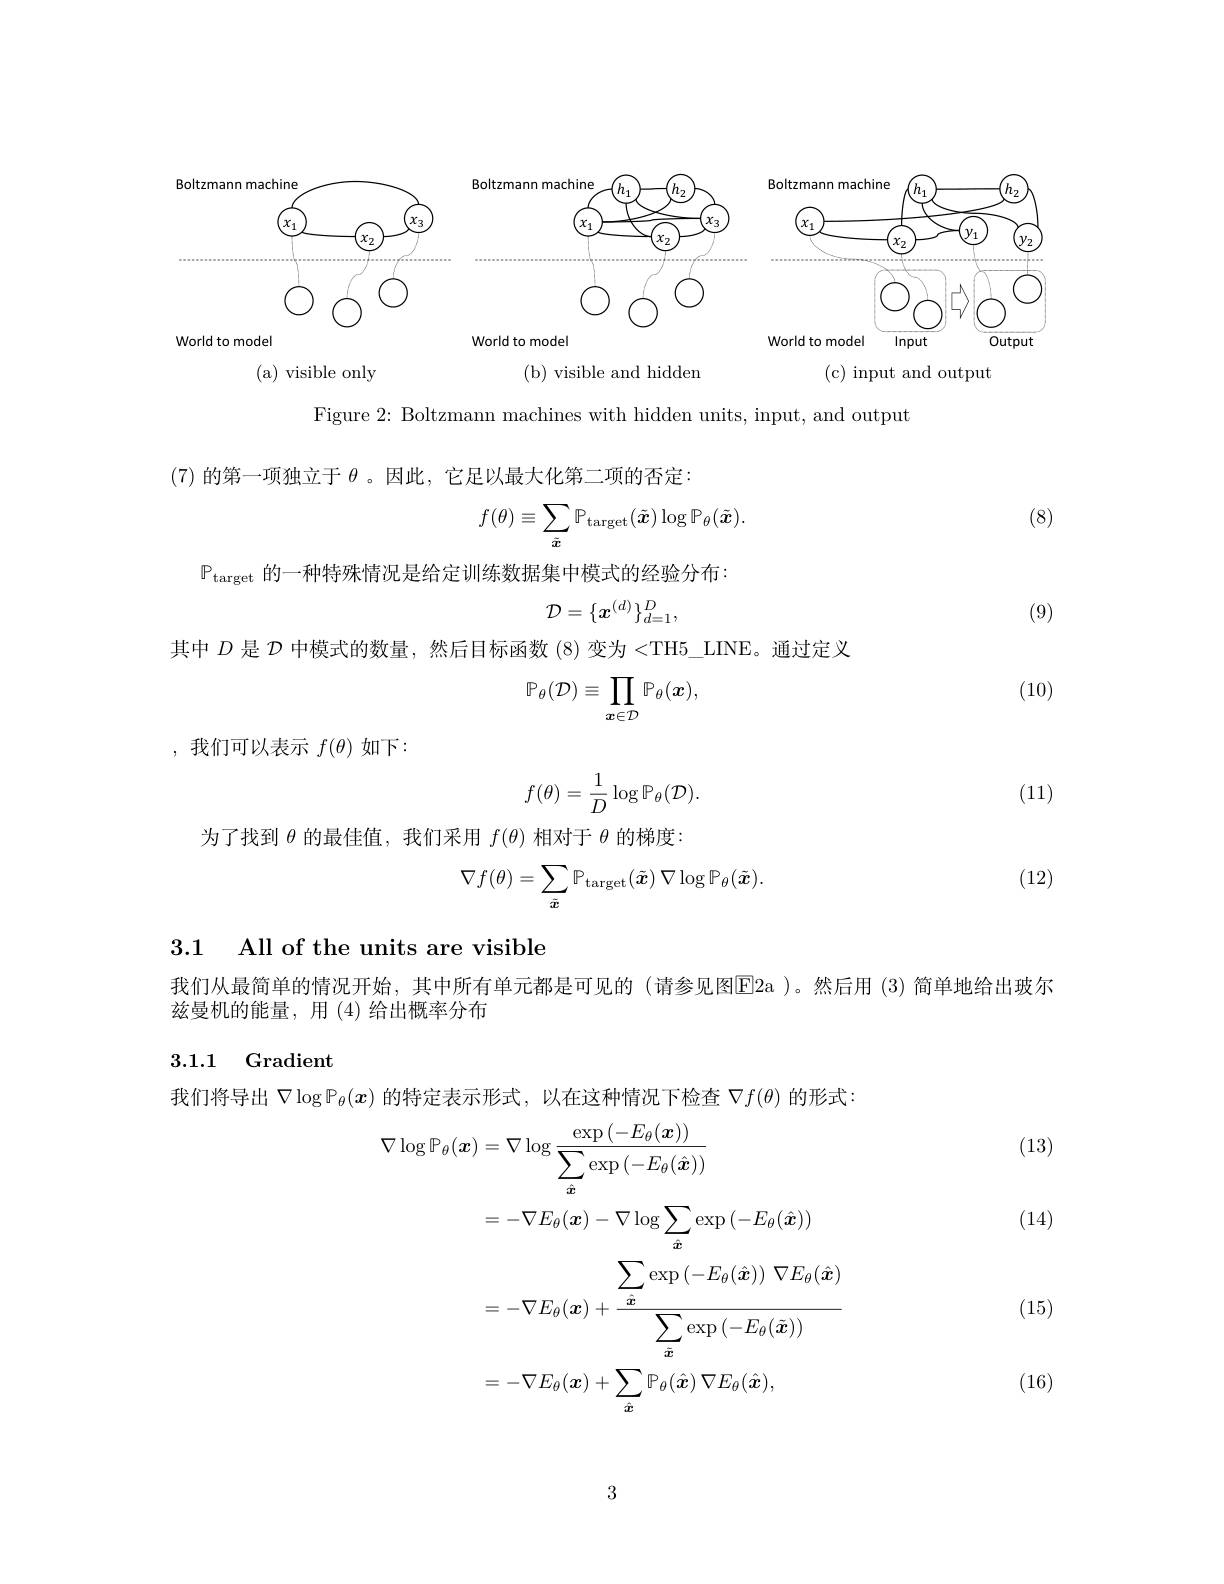
<FigureHere>
World to model

Figure 2: Boltzmann machines with hidden units, input, and output

(7)的第一项独立于$\theta$ 。因此，它足以最大化第二项的否定：

(8)
$$f(\theta)\equiv\sum_{\tilde{\boldsymbol{x}}}\mathbb{P}_{\mathrm{target}}(\tilde{\boldsymbol{x}})\log\mathbb{P}_{\theta}(\tilde{\boldsymbol{x}}).$$
$\mathbb{P}_{\mathrm{target}}$的一种特殊情况是给定训练数据集中模式的经验分布：
$$\mathcal{D}=\{\boldsymbol{x}^{(d)}\}_{d=1}^{D},$$
(9)

其中$D$是$\mathcal{D}$中模式的数量，然后目标函数 (8)变为 <TH5\_LINE。通过定义

(10)
$$\mathbb{P}_\theta(\mathcal{D})\equiv\prod_{x\in\mathcal{D}}\mathbb{P}_\theta(\boldsymbol{x}),$$
,我们可以表示$f(\theta)$如下：
$$f(\theta)=\frac{1}{D}\log\mathbb{P}_{\theta}(\mathcal{D}).$$
(11)

为了找到$\theta$的最佳值，我们采用$f(\theta)$相对于$\theta$的梯度：

(12)
$$\nabla f(\theta)=\sum_{\tilde{\boldsymbol{x}}}\mathbb{P}_{\mathrm{target}}(\tilde{\boldsymbol{x}})\:\nabla\log\mathbb{P}_{\theta}(\tilde{\boldsymbol{x}}).$$
3.1 All of the units are visible

我们从最简单的情况开始，其中所有单元都是可见的(请参见图E2a)。然后用(3)简单地给出玻尔
兹曼机的能量，用(4)给出概率分布

### 3.1.1 Gradient

我们将导出$\nabla\log\mathbb{P}_\theta(x)$的特定表示形式，以在这种情况下检查$\nabla f(\theta)$的形式：

(13)

(14)
$$\begin{aligned}\nabla\log\mathbb{P}_{\theta}(\boldsymbol{x})&=\nabla\log\frac{\exp\left(-E_\theta(\boldsymbol{x})\right)}{\sum_{\hat{\boldsymbol{x}}}\exp\left(-E_\theta(\hat{\boldsymbol{x}})\right)}\\&=-\nabla E_\theta(\boldsymbol{x})-\nabla\log\sum_{\hat{\boldsymbol{x}}}\exp\left(-E_\theta(\hat{\boldsymbol{x}})\right)\\&=-\nabla E_\theta(\boldsymbol{x})+\frac{\sum_{\hat{\boldsymbol{x}}}\exp\left(-E_\theta(\hat{\boldsymbol{x}})\right)\nabla E_\theta(\hat{\boldsymbol{x}})}{\sum_{\hat{\boldsymbol{x}}}\exp\left(-E_\theta(\hat{\boldsymbol{x}})\right)}\\&=-\nabla E_\theta(\boldsymbol{x})+\sum_{\hat{\boldsymbol{x}}}\mathbb{P}_\theta(\hat{\boldsymbol{x}})\:\nabla E_\theta(\hat{\boldsymbol{x}}),\end{aligned}$$
(15)

(16)

3